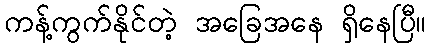
ကန့်ကွက်နိုင်တဲ့ အခြေအနေ ရှိနေပြီ။